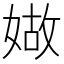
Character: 𡟁